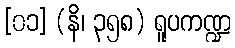
[၀၁] (နိ၊ ၃၅၈) ရူပကဏ္ဍ